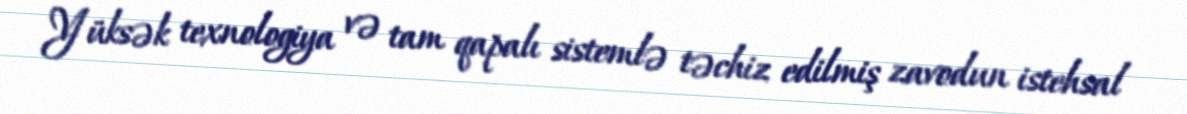
Yüksək texnologiya və tam qapalı sistemlə təchiz edilmiş zavodun istehsal